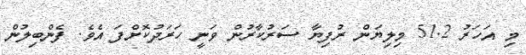
މި އަހަރު 51.2 މިލިޔަން ރުފިޔާ ސަރުކާރުން ވަނީ ހަރަދުކޮށްފަ އެވެ. ފެންބިލުން